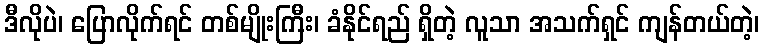
ဒီလိုပဲ၊ ပြောလိုက်ရင် တစ်မျိုးကြီး၊ ခံနိုင်ရည် ရှိတဲ့ လူသာ အသက်ရှင် ကျန်တယ်တဲ့၊